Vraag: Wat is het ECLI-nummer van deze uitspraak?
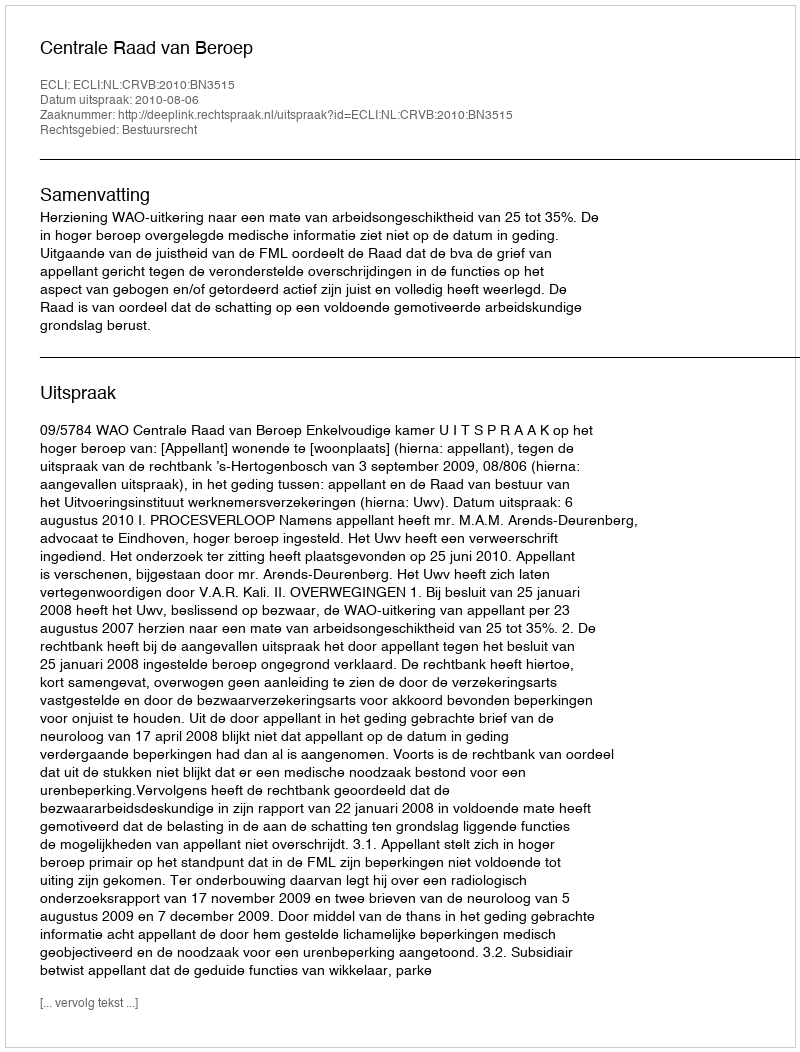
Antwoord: ECLI:NL:CRVB:2010:BN3515